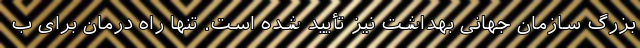
بزرگ سازمان جهانی بهداشت نیز تأیید شده است. تنها راه درمان برای ب